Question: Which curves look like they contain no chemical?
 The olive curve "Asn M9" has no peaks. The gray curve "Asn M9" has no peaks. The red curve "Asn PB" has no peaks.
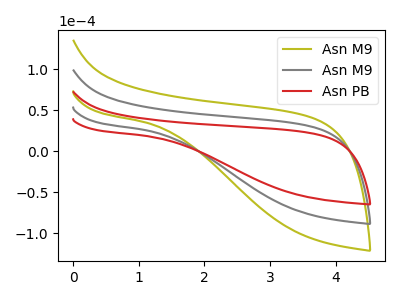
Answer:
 <answer>"Asn M9", "Asn M9" and "Asn PB" are likely to be blanks.</answer>
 <eval>"Asn M9", "Asn M9", "Asn PB"</eval>